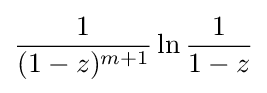
{\frac {1}{(1-z)^{m+1}}}\ln {\frac {1}{1-z}}